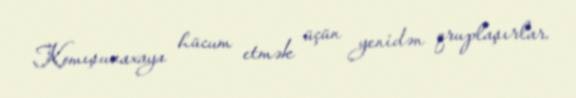
Komışuvaxaya hücum etmək üçün yenidən qruplaşırlar.